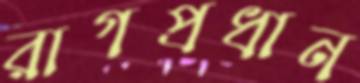
রাগপ্রধান